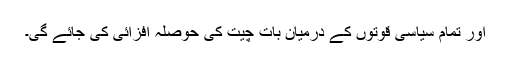
اور تمام سیاسی قوتوں کے درمیان بات چیت کی حوصلہ افزائی کی جائے گی۔